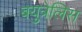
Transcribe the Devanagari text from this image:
बयुत्रेलिस